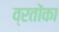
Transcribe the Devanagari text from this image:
व्रतोंका